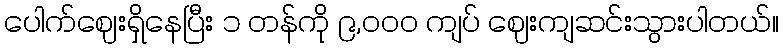
ပေါက်ဈေးရှိနေပြီး ၁ တန်ကို ၉,၀၀၀ ကျပ် ဈေးကျဆင်းသွားပါတယ်။